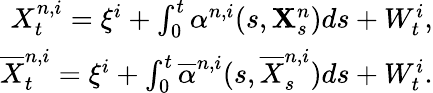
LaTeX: \begin{array}{r}{X_{t}^{n,i}=\xi^{i}+\int_{0}^{t}\alpha^{n,i}(s,\mathbf{X}_{s}^{n})ds+W_{t}^{i},}\\ {\overline{{X}}_{t}^{n,i}=\xi^{i}+\int_{0}^{t}\overline{{\alpha}}^{n,i}(s,\overline{{X}}_{s}^{n,i})ds+W_{t}^{i}.}\end{array}